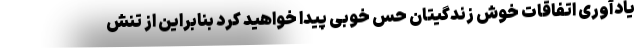
یادآوری اتفاقات خوش زندگیتان حس خوبی پیدا خواهید کرد بنابراین از تنش